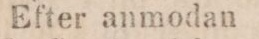
Efter anmodan